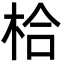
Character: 㭘